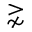
\gnsim